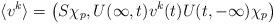
LaTeX: \begin{align*}\langle v^k \rangle = \left( S \chi_p , U(\infty,t) v^k(t) U(t,-\infty) \chi_p \right)\end{align*}